38_143685_box_Incident_Summaries_101-172
Agency: Department of War
Page 113
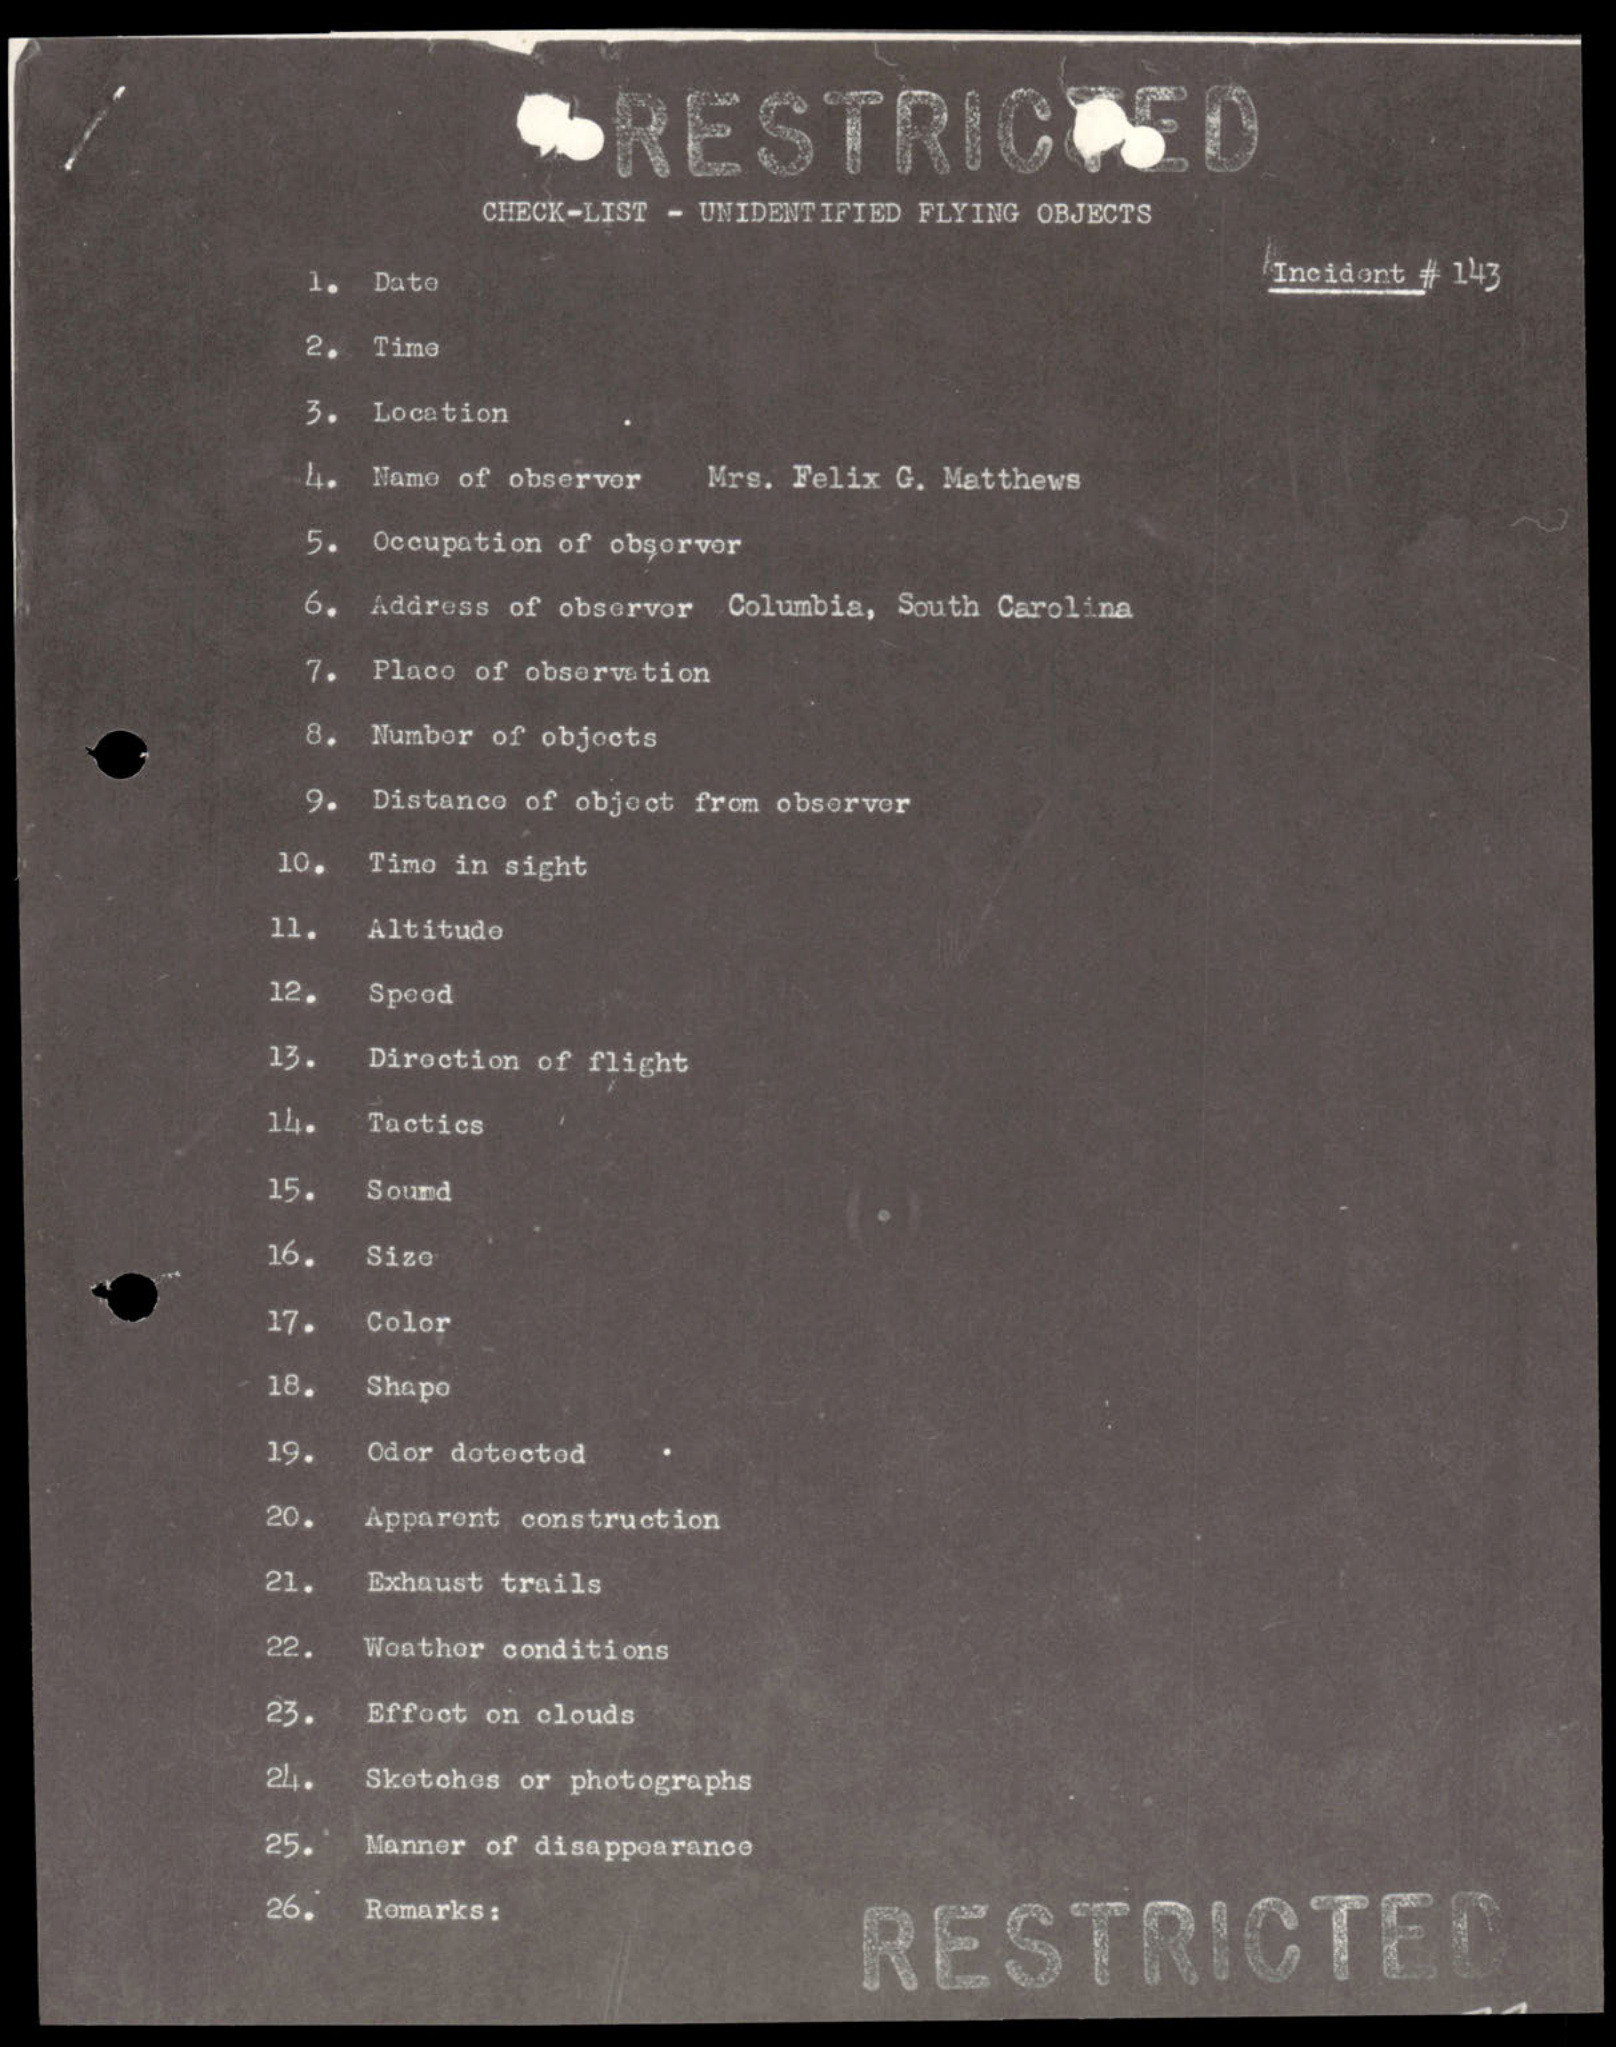